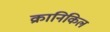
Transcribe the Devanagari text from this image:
क्रानिकिल